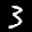
Label: 3